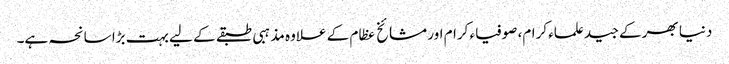
دنیا بھر کے جید علماء کرام، صوفیاء کرام اور مشائخ عظام کے علاوہ مذہبی طبقے کے لیے بہت بڑا سانحہ ہے۔